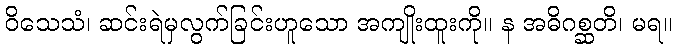
ဝိသေသံ၊ ဆင်းရဲမှလွက်ခြင်းဟူသော အကျိုးထူးကို။ န အဓိဂစ္ဆတိ၊ မရ။